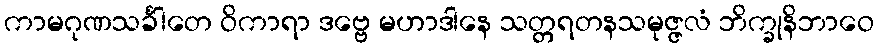
ကာမဂုဏသင်္ခါတေ ဝိကာရာ ဒဗ္ဗေ မဟာဒါနေ သတ္တရတနသမုဇ္ဇလံ ဘိက္ခုနိဘာဝေ